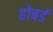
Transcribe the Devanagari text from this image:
होबर्ड